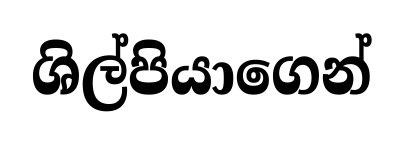
ශිල්පියාගෙන්